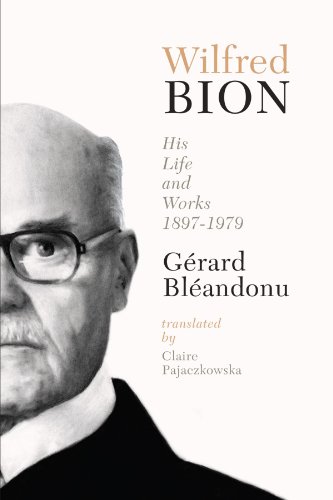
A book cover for Wilfred Bion: His Life and Works; Gerard Bleandonu; Biographies & Memoirs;